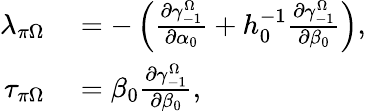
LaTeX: \begin{array}{rl}{\lambda_{\pi\Omega}}&{{}=-\left(\frac{\partial\gamma_{-1}^{\Omega}}{\partial\alpha_{0}}+h_{0}^{-1}\frac{\partial\gamma_{-1}^{\Omega}}{\partial\beta_{0}}\right),}\\ {\tau_{\pi\Omega}}&{{}=\beta_{0}\frac{\partial\gamma_{-1}^{\Omega}}{\partial\beta_{0}},}\end{array}